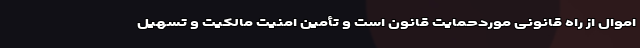
اموال از راه قانونی موردحمایت قانون است و تأمین امنیت مالکیت و تسهیل